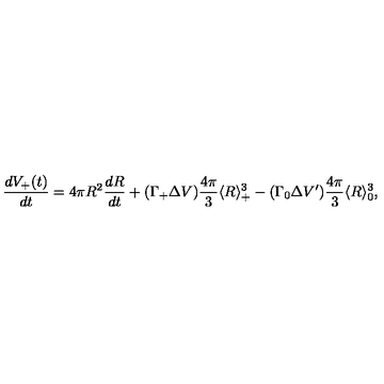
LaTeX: \frac { d V _ { + } ( t ) } { d t } = 4 \pi R ^ { 2 } \frac { d R } { d t } + ( \Gamma _ { + } \Delta V ) \frac { 4 \pi } { 3 } \langle R \rangle _ { + } ^ { 3 } - ( \Gamma _ { 0 } \Delta V ^ { \prime } ) \frac { 4 \pi } { 3 } \langle R \rangle _ { 0 } ^ { 3 } ,